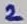
Text: 2